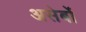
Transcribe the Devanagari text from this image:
असेर्बो